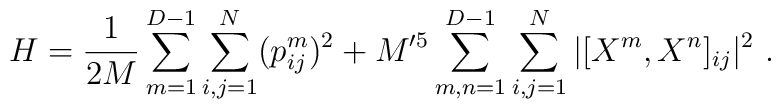
H = \frac{1}{2M} \sum_{m=1}^{D-1} \sum_{i,j = 1}^{N} (p_{ij}^m)^2+ M'^5 \sum_{m,n=1}^{D-1} \sum_{i,j = 1}^{N} |[X^m,X^n]_{ij}|^2\ .